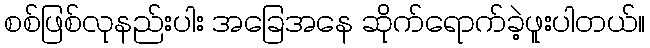
စစ်ဖြစ်လုနည်းပါး အခြေအနေ ဆိုက်ရောက်ခဲ့ဖူးပါတယ်။